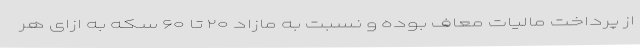
از پرداخت مالیات معاف بوده و نسبت به مازاد ۲۰ تا ۶۰ سکه به ازای هر